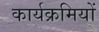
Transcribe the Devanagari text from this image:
कार्यक्रमियों